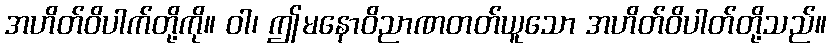
အဟိတ်ဝိပါက်တို့ကို။ ဝါ၊ ဤမနောဝိညာဏတတ်ယူသော အဟိတ်ဝိပါတ်တို့သည်။